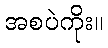
အစပဲကိုး။